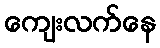
ကျေးလက်နေ